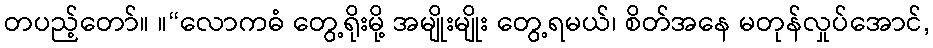
တပည့်တော်။ ။“လောကဓံ တွေ့ရိုးမို့ အမျိုးမျိုး တွေ့ရမယ်၊ စိတ်အနေ မတုန်လှုပ်အောင်,